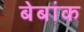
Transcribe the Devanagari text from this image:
बेबांक